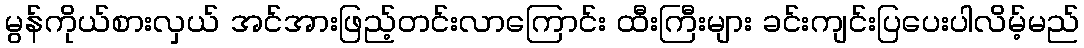
မွန်ကိုယ်စားလှယ် အင်အားဖြည့်တင်းလာကြောင်း ထီးကြီးများ ခင်းကျင်းပြပေးပါလိမ့်မည်